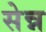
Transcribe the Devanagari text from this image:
सेन्न